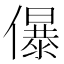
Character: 儤